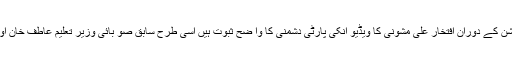
وزیر اعلیٰ پرویز خٹک کے خلاف فا رورڈ بلا ک بنا نااور انٹرا پارٹی الیکشن کے دوران افتخار علی مشونی کا ویڈیو انکی پارٹی دشمنی کا وا ضح ثبوت ہیں اسی طرح سابق صو بائی وزیر تعلیم عاطف خان اور دیگر ارکان اسمبلی پر کرپشن کے الزا مات روز لگانا ان کا معمول ہے ۔